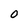
Character: o